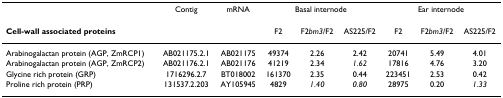
<table><thead><tr><td></td><td><b>Contig</b></td><td><b>mRNA</b></td><td colspan="3"><b>Basal internode</b></td><td colspan="3"><b>Ear internode</b></td></tr></thead><tbody><tr><td><b>Cell-wall associated proteins</b></td><td></td><td></td><td>F2</td><td>F2<i>bm3</i>/F2</td><td>AS225/F2</td><td>F2</td><td>F2<i>bm3</i>/F2</td><td>AS225/F2</td></tr><tr><td>Arabinogalactan protein (AGP, ZmRCP1)</td><td>AB021175.2.1</td><td>AB021175</td><td>49374</td><td>2.26</td><td>2.42</td><td>20741</td><td>5.49</td><td>4.01</td></tr><tr><td>Arabinogalactan protein (AGP, ZmRCP2)</td><td>AB021176.2.1</td><td>AB021176</td><td>41219</td><td>2.34</td><td><i>1.62</i></td><td>17816</td><td>4.76</td><td>3.20</td></tr><tr><td>Glycine rich protein (GRP)</td><td>1716296.2.7</td><td>BT018002</td><td>161370</td><td>2.35</td><td>0.44</td><td>223451</td><td>2.53</td><td>0.42</td></tr><tr><td>Proline rich protein (PRP)</td><td>131537.2.203</td><td>AY105945</td><td>4829</td><td><i>1.40</i></td><td><i>0.80</i></td><td>28975</td><td>0.20</td><td><i>1.33</i></td></tr></tbody></table>